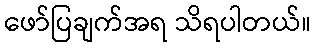
ဖော်ပြချက်အရ သိရပါတယ်။